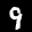
Label: 9